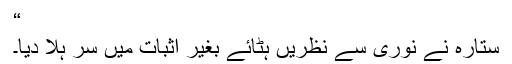
“
ستارہ نے نوری سے نظریں ہٹائے بغیر اثبات میں سر ہلا دیا۔